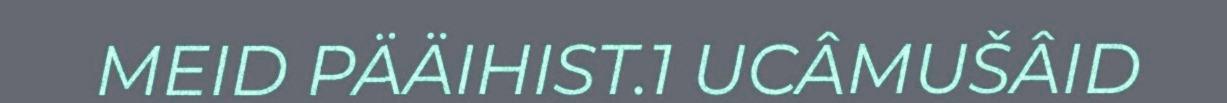
MEID PÄÄIHIST.1 UCÂMUŠÂID